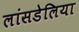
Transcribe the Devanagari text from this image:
लांसडेलिया